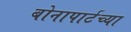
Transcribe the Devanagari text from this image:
बोनापार्टच्या